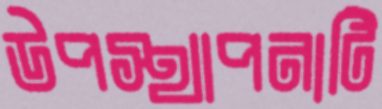
উপস্থাপনাটি